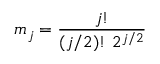
m _ { j } = \frac { j ! } { ( j / 2 ) ! \ 2 ^ { j / 2 } }